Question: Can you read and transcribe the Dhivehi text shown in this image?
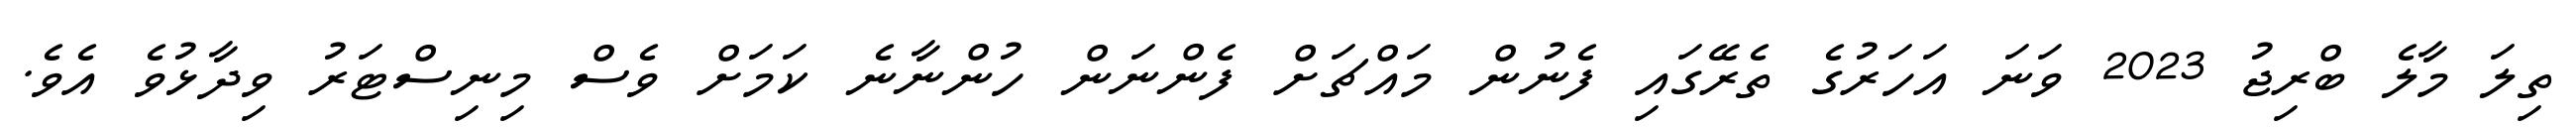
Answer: ތިލަ މާލެ ބްރިޖު 2023 ވަނަ އަހަރުގެ ތެރޭގައި ފެނުން މައްޗަށް ފެންނަން ހުންނާނެ ކަމަށް ވެސް މިނިސްޓަރު ވިދާޅުވެ އެވެ.